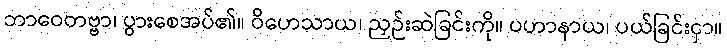
ဘာဝေတဗ္ဗာ၊ ပွားစေအပ်၏။ ဝိဟေသာယ၊ ညှဉ်းဆဲခြင်းကို။ ပဟာနာယ၊ ပယ်ခြင်းငှာ။